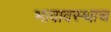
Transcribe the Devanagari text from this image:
भावावस्थाच